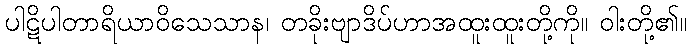
ပါဋိပါတာရိယာဝိသေသာန၊ တခိုးဗျာဒိပ်ဟာအထူးထူးတို့ကို။ ဝါးတို့၏။